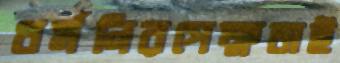
ধর্মনিরপেক্ষতাই